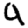
Digit: 9